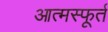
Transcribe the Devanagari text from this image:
आत्मस्फूर्त